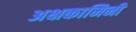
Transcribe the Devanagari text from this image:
अक्षकामिनी